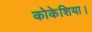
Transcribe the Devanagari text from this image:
कोकेशिया।